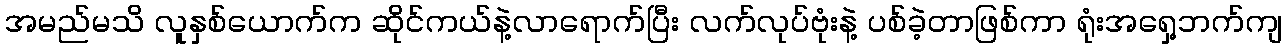
အမည်မသိ လူနှစ်ယောက်က ဆိုင်ကယ်နဲ့လာရောက်ပြီး လက်လုပ်ဗုံးနဲ့ ပစ်ခဲ့တာဖြစ်ကာ ရုံးအရှေ့ဘက်ကျ